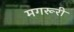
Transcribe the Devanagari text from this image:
मगरूरी